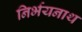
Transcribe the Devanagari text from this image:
निर्भयनाथ